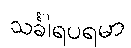
သင်္ခါရပရမာ